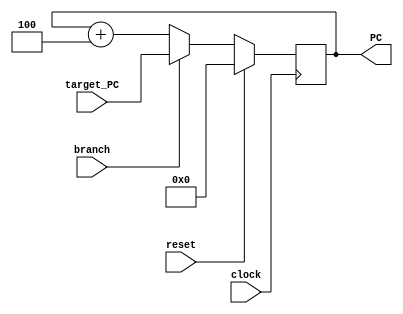
module PCfetch(
  input  clock,
  input  reset,
  input  branch,
  input  [31:0] target_PC,
  output [31:0] PC
);

   reg [31:0] PC_reg;
   assign PC = PC_reg;

always @(posedge clock ) begin
  if (reset) begin
      PC_reg <= 32'b0;
  end else if(~branch) begin 
      PC_reg <= PC_reg + 4'b0100;
  end else if(branch) begin
      PC_reg = target_PC;
end
end
  
endmodule